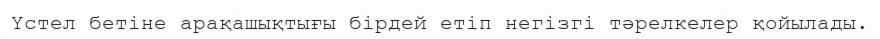
Үстел бетіне арақашықтығы бірдей етіп негізгі тәрелкелер қойылады.